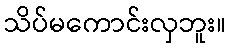
သိပ်မကောင်းလှဘူး။